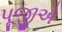
પૂજીએ